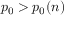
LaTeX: p _ { 0 } > p _ { 0 } ( n )